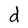
Character: d